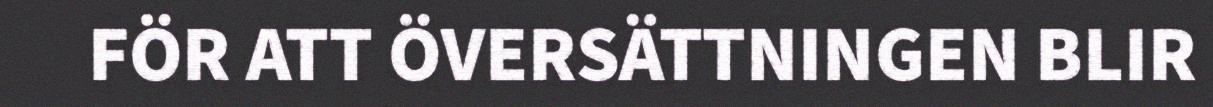
FÖR ATT ÖVERSÄTTNINGEN BLIR